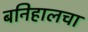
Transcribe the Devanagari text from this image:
बनिहालचा